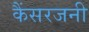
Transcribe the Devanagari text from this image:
कैंसरजनी